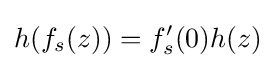
h(f_{s}(z))=f_{s}^{\prime }(0)h(z)